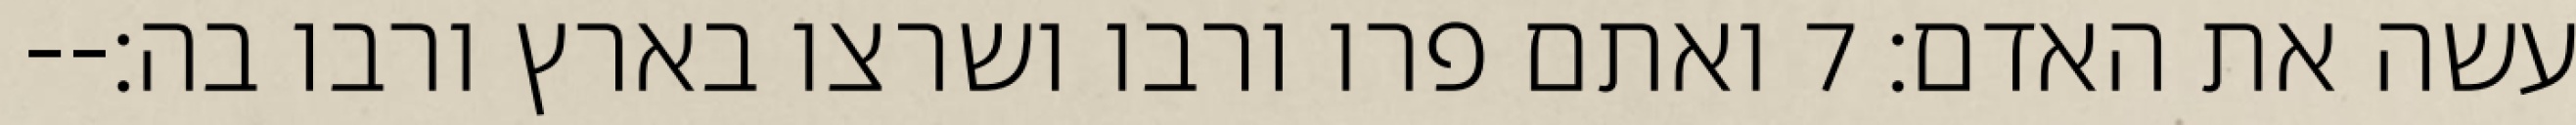
עשה את האדם׃ ‎7‏ ואתם פרו ורבו ושרצו בארץ ורבו בה׃--